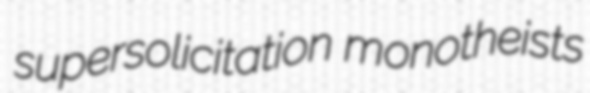
supersolicitation monotheists